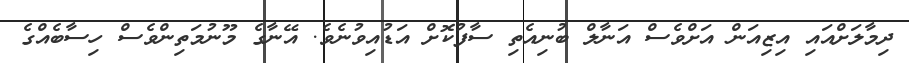
ދިމާލަށްއައި އިޒިއަން އަށްވެސް އަނާލް ބުނިއެތި ސާފުކޮށް އަޑުއިވުނެވެ. އޭނާގެ މޫނުމަތިންވެސް ހިސާބެއްގެ